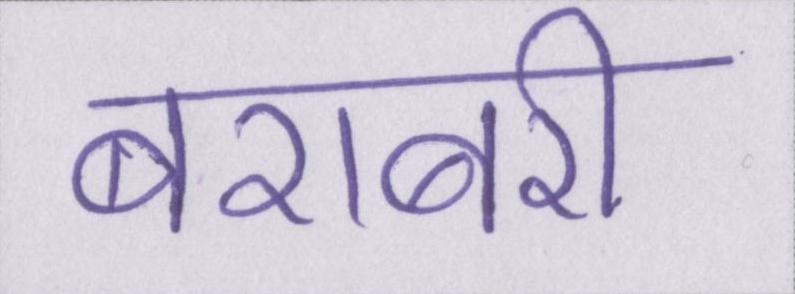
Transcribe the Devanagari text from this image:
बराबरी